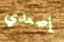
إصعدي